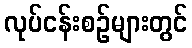
လုပ်ငန်းစဉ်များတွင်